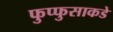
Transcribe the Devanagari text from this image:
फुप्फुसाकडे